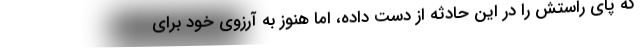
که پای راستش را در این حادثه از دست داده، اما هنوز به آرزوی خود برای